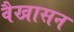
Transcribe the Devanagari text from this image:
वैखासन